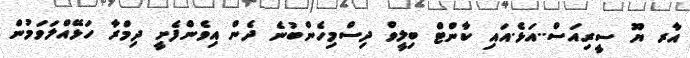
އާރ ޔޫ ސީރިއަސް..އަޅެ.އައި ކާންޓް ބިލީވް ދިސްމިހެންބުނެ ދެން އިވެންފެށީ ދިމްރާ ހަޅޭއްލަވަމުން